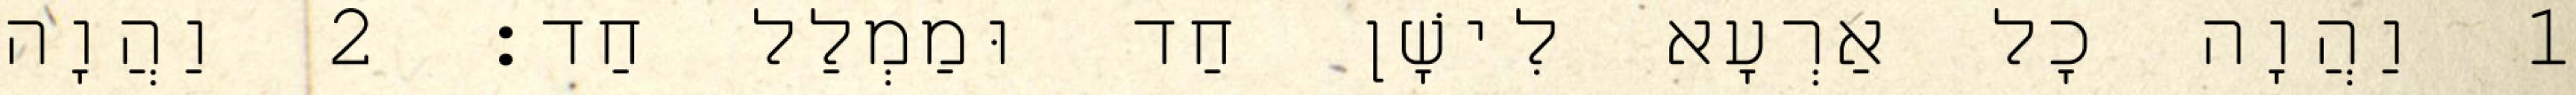
1 וַהֲוָה כָל אַרְעָא לִישָׁן חַד וּמַמְלַל חַד׃ 2 וַהֲוָה